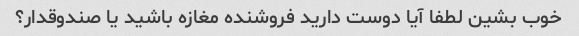
خوب بشین لطفا آیا دوست دارید فروشنده مغازه باشید یا صندوقدار؟